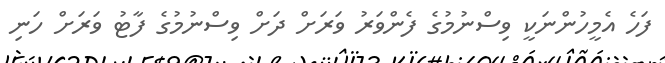
ފަހެ އެމީހުންނަކީ ވިސްނުމުގެ ފެންވަރު ވަރަށް ދަށް ވިސްނުމުގެ ފާޓު ވަރަށް ހަނި